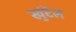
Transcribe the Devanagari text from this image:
खुंटैल